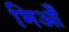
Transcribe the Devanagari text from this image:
मिआँ